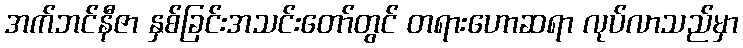
အက်ဘင်နီဇာ နှစ်ခြင်းအသင်းတော်တွင် တရားဟောဆရာ လုပ်လာသည်မှာ